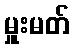
မှူးမတ်